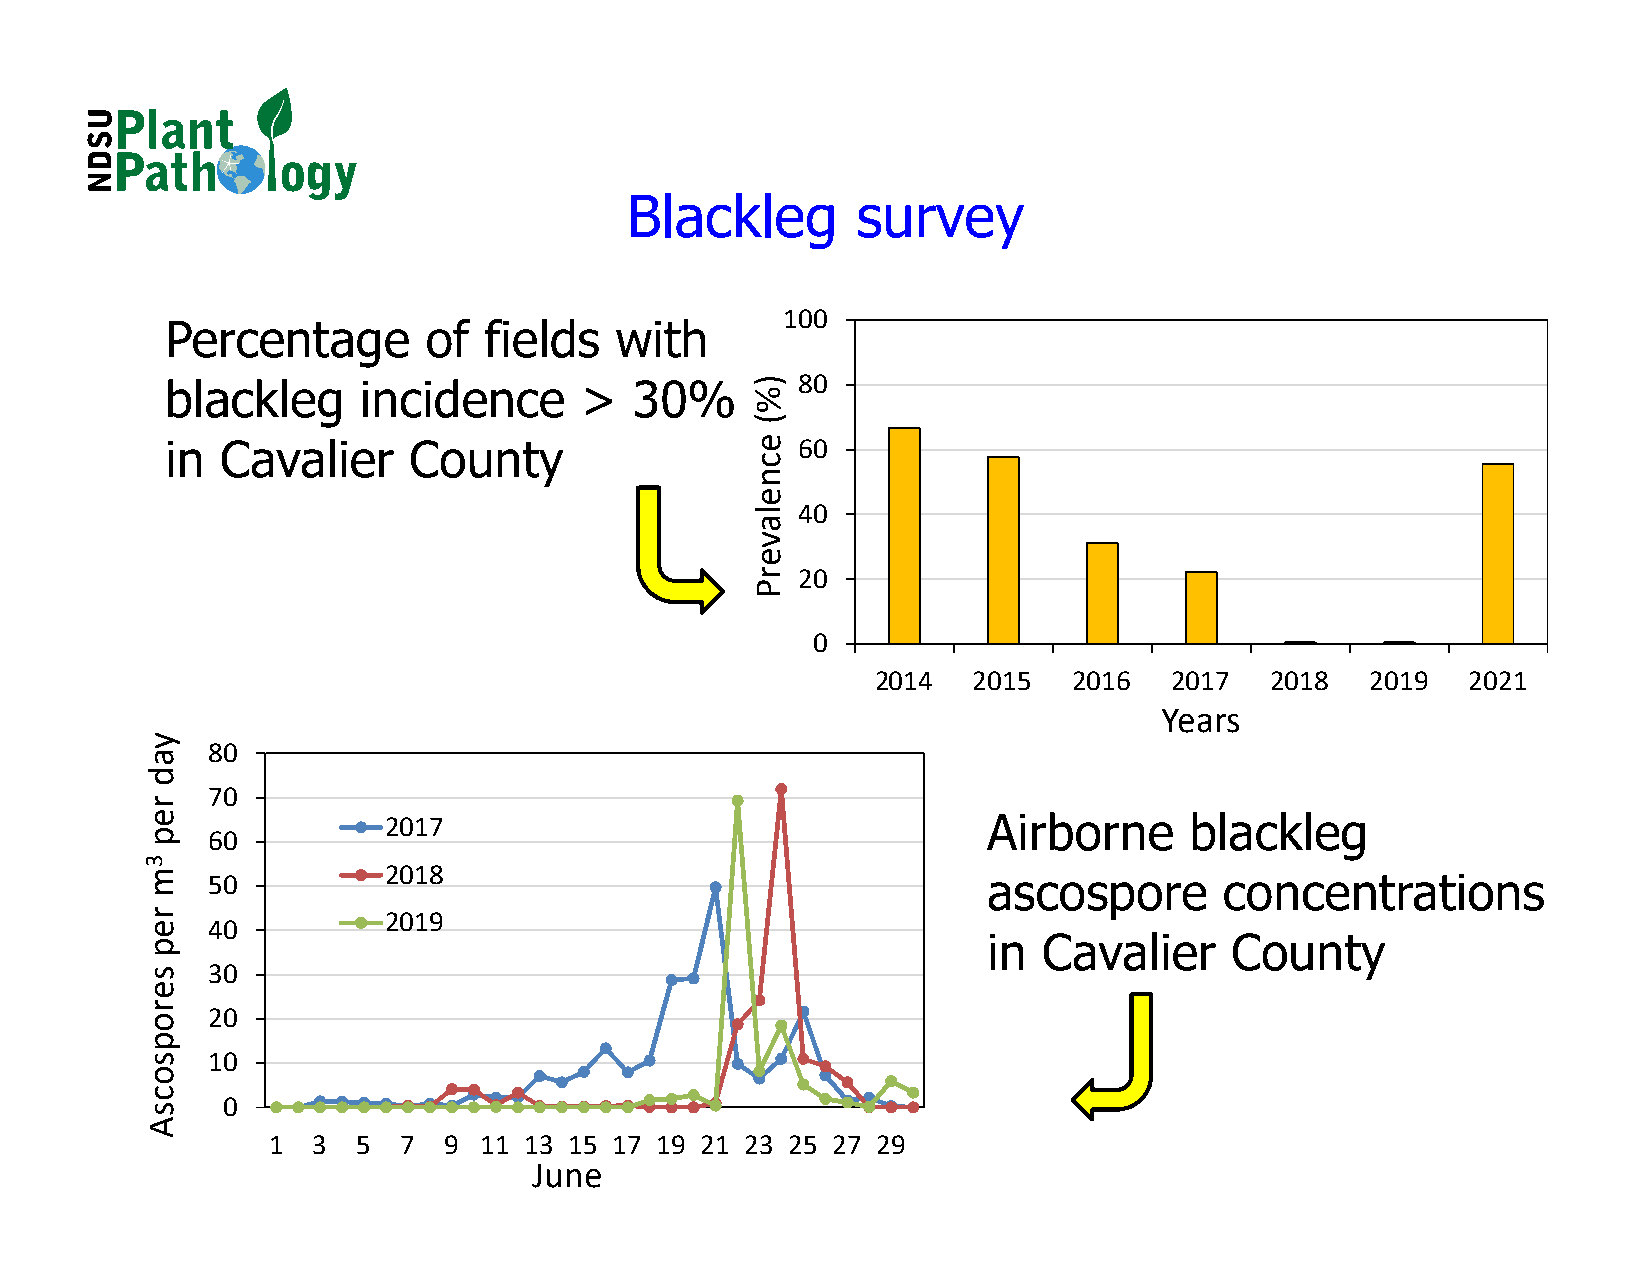
Blackleg        survey
 100
 Percentage       of  fields   with
 blackleg     incidence     >   30%        80
 in  Cavalier    County                    60
 40
 20
 0
 2014  2015   2016   2017  2018   2019  2021
 Years
 80
 70
 2017                                    Airborne      blackleg
 60
 2018
 50                                                 ascospore       concentrations
 2019
 40
 in  Cavalier    County
 30
 20
 10
 0
 1  3  5 7  9  11 13 15 17 19 21 23 25 27 29
 June
 yad
 rep
 3m
 rep
 seropsocsA
 )%(
 ecnelaverP